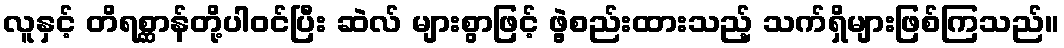
လူနှင့် တိရစ္ဆာန်တို့ပါဝင်ပြီး ဆဲလ် များစွာဖြင့် ဖွဲ့စည်းထားသည့် သက်ရှိများဖြစ်ကြသည်။